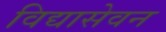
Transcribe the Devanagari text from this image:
विद्यासेवन